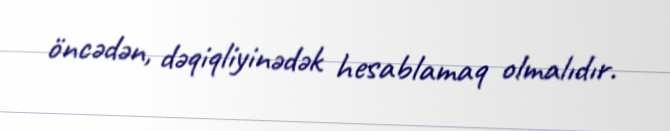
öncədən, dəqiqliyinədək hesablamaq olmalıdır.